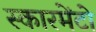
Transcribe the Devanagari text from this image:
स्कारमेंटो